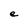
Character: e